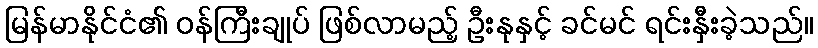
မြန်မာနိုင်ငံ၏ ဝန်ကြီးချုပ် ဖြစ်လာမည့် ဦးနုနှင့် ခင်မင် ရင်းနှီးခဲ့သည်။